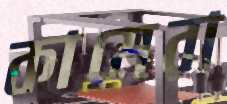
কামেরা